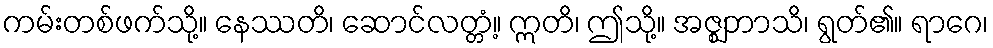
ကမ်းတစ်ဖက်သို့။ နေဿတိ၊ ဆောင်လတ္တံ့။ ဣတိ၊ ဤသို့။ အဇ္ဈဘာသိ၊ ရွတ်၏။ ရာဂေ၊